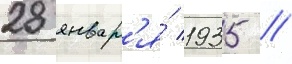
28 январ'я́ 1935 /